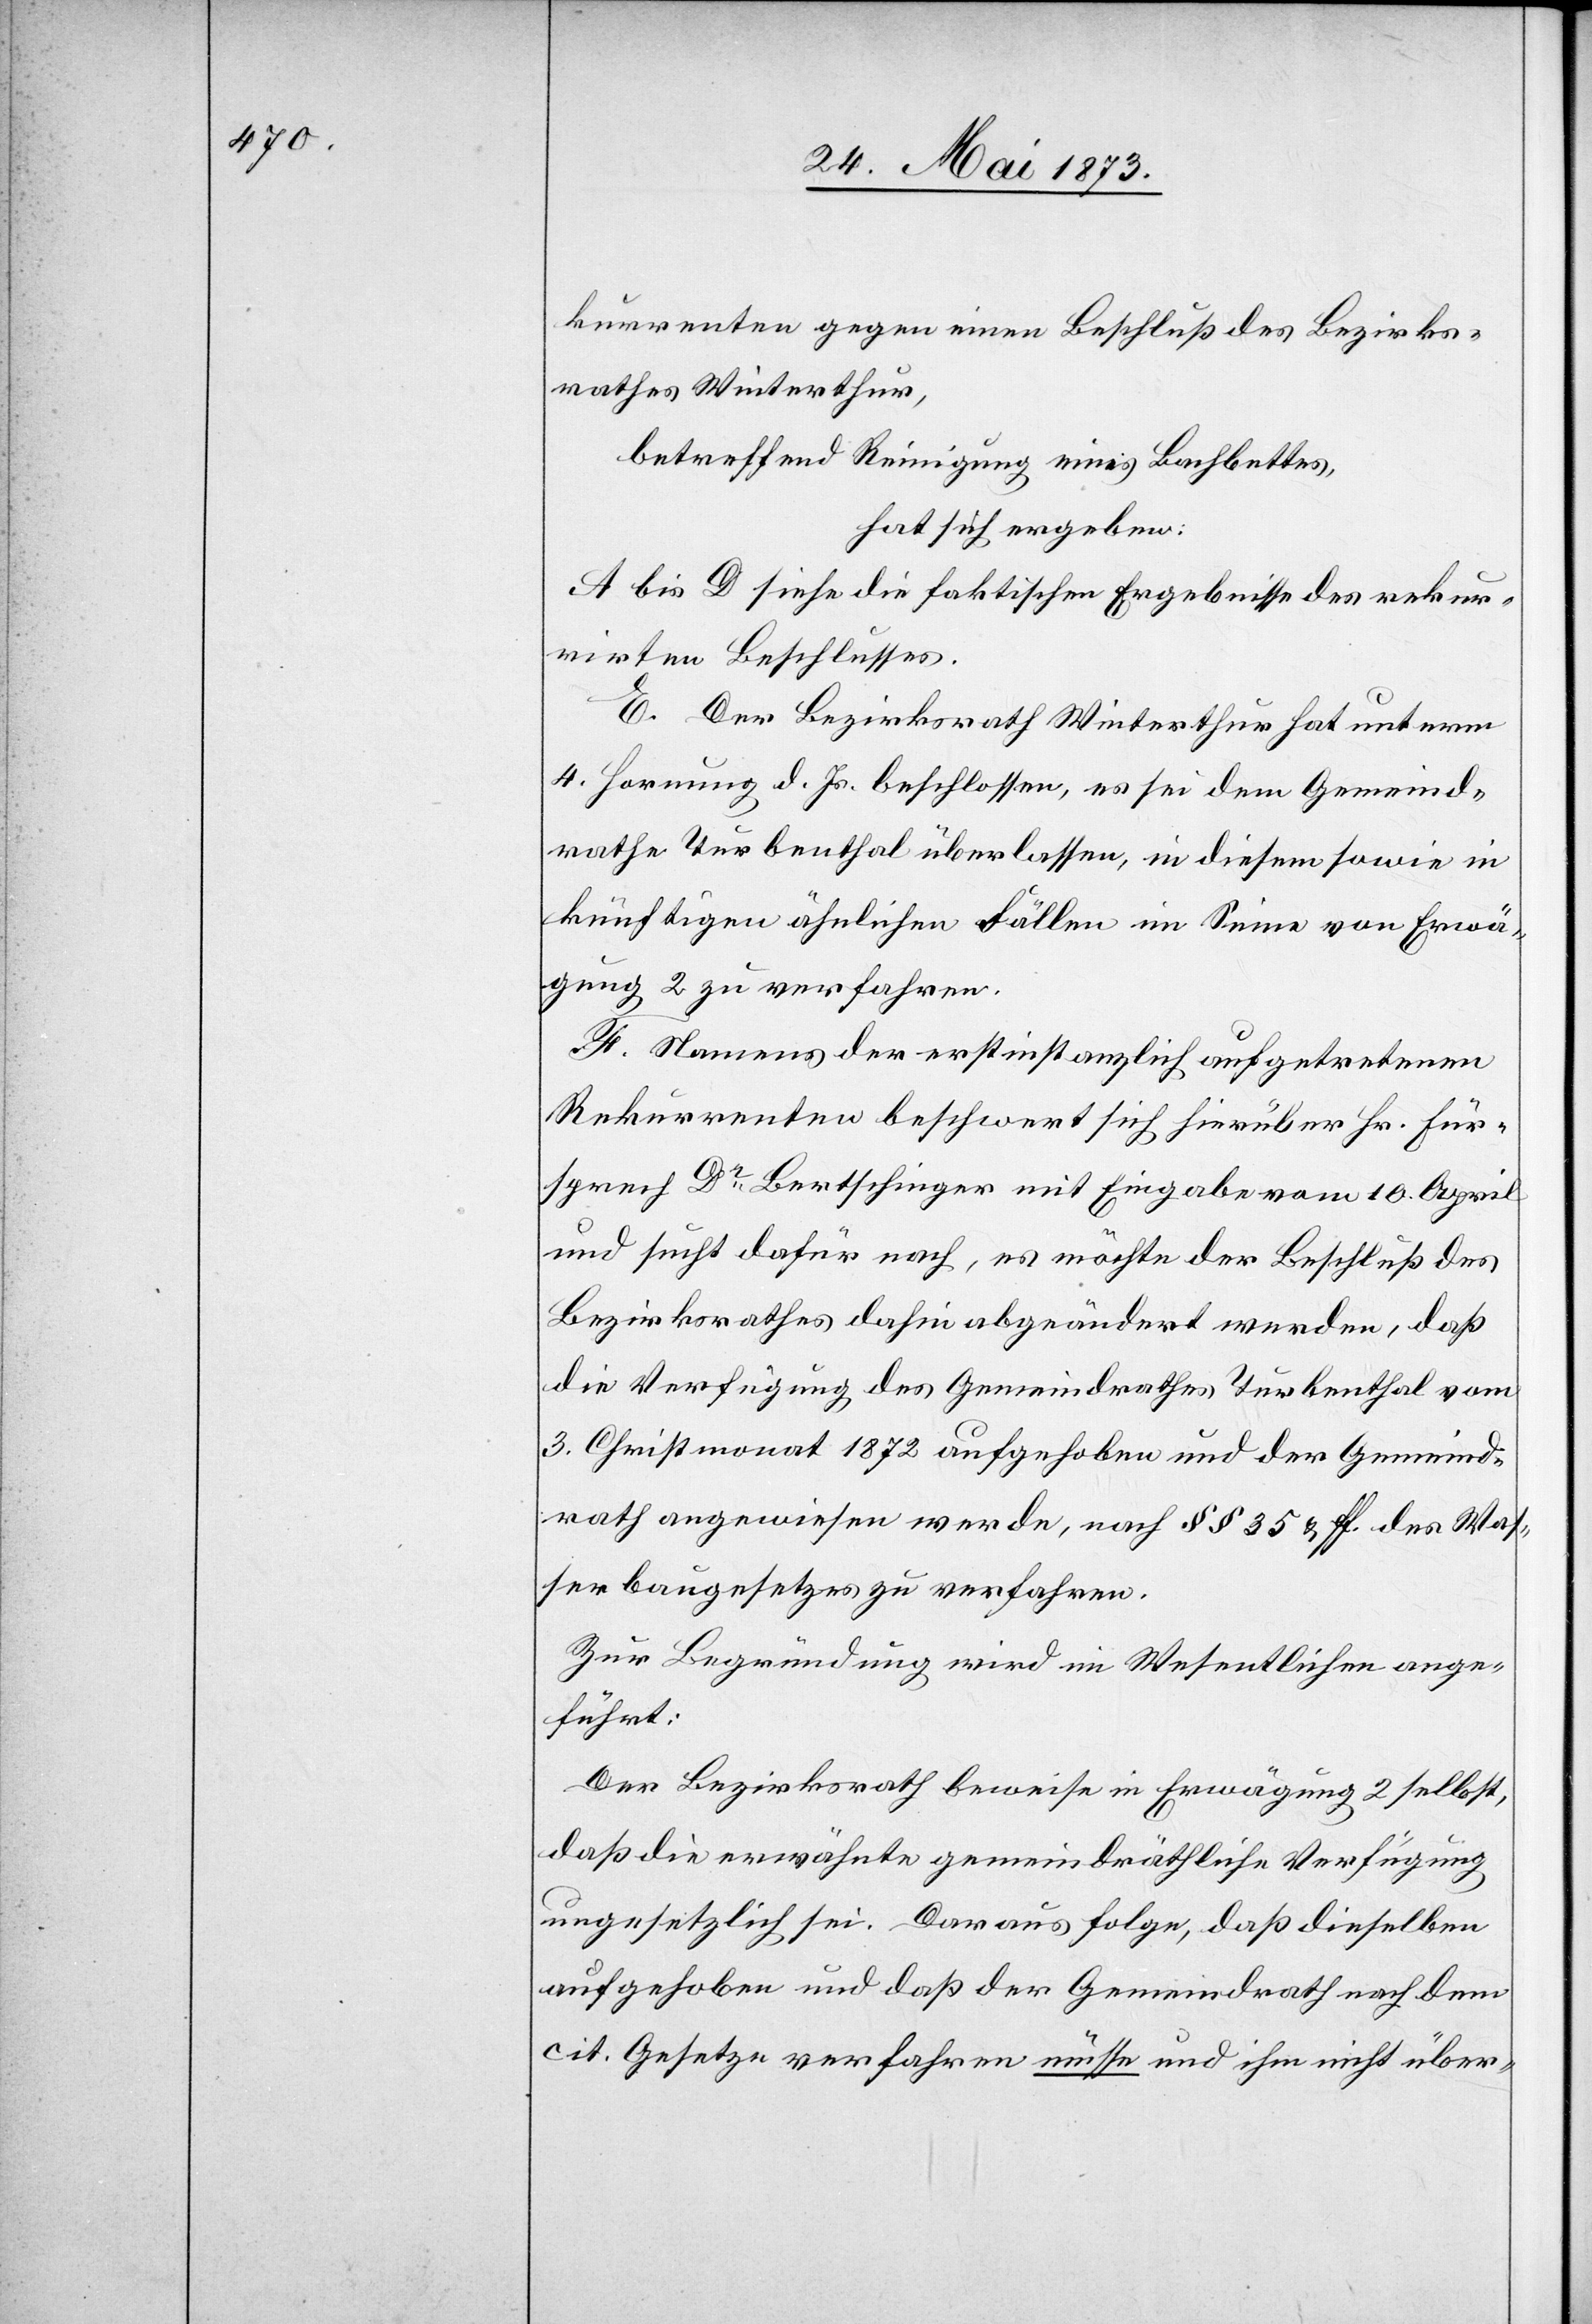
kurrenten gegen einen Beschluß des Bezirks¬
rathes Winterthur,
betreffend Reinigung eines Bachbettes,
hat sich ergeben:
A bis D siehe die faktischen Ergebnisse des rekur¬
rirten Beschlusses.
E. Der Bezirksrath Winterthur hat unterm
4. Hornung d. Js. beschlossen, es sei dem Gemeind¬
rathe Turbenthal überlassen, in diesem sowie in
künftigen ähnlichen Fällen im Sinne von Erwä¬
gung 2 zu verfahren.
F. Namens der erstinstanzlich aufgetretenen
Rekurrenten beschwert sich hierüber Hr. Für¬
sprech Dr Bertschinger mit Eingabe vom 10. April
und sucht dafür nach, es möchte der Beschluß des
Bezirksrathes dahin abgeändert werden, daß
die Verfügung des Gemeindrathes Turbenthal vom
3. Christmonat 1872 aufgehoben und der Gemeind¬
rath angewiesen werde, nach § § 35 & ff. des Was¬
serbaugesetzes zu verfahren.
Zur Begründung wird im Wesentlichen ange¬
führt:
Der Bezirksrath beweise in Erwägung 2 selbst,
daß die erwähnte gemeindräthliche Verfügung
ungesetzlich sei. Daraus folge, daß dieselben
aufgehoben und daß der Gemeindrath nach dem
cit. Gesetze verfahren müsse und ihm nicht über-